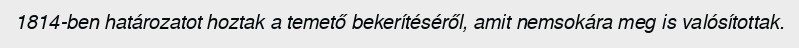
1814-ben határozatot hoztak a temető bekerítéséről, amit nemsokára meg is valósítottak.